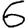
Digit: 6